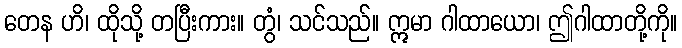
တေန ဟိ၊ ထိုသို့ တပြီးကား။ တွံ၊ သင်သည်။ ဣမာ ဂါထာယော၊ ဤဂါထာတို့ကို။